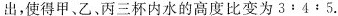
出，使得甲、乙、丙三杯内水的高度比变为3:4:5.